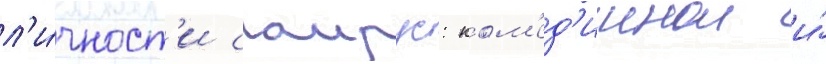
л'и́чност'и саирус: ком'ед'иинои и́